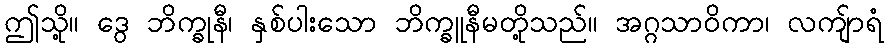
ဤသို့။ ဒွေ ဘိက္ခုနီ၊ နှစ်ပါးသော ဘိက္ခူနီမတို့သည်။ အဂ္ဂသာဝိကာ၊ လကျ်ာရံ